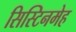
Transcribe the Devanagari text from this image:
सिस्टिनमेह